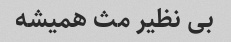
بی نظیر مث همیشه